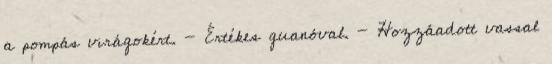
a pompás virágokért. - Értékes guanóval. - Hozzáadott vassal